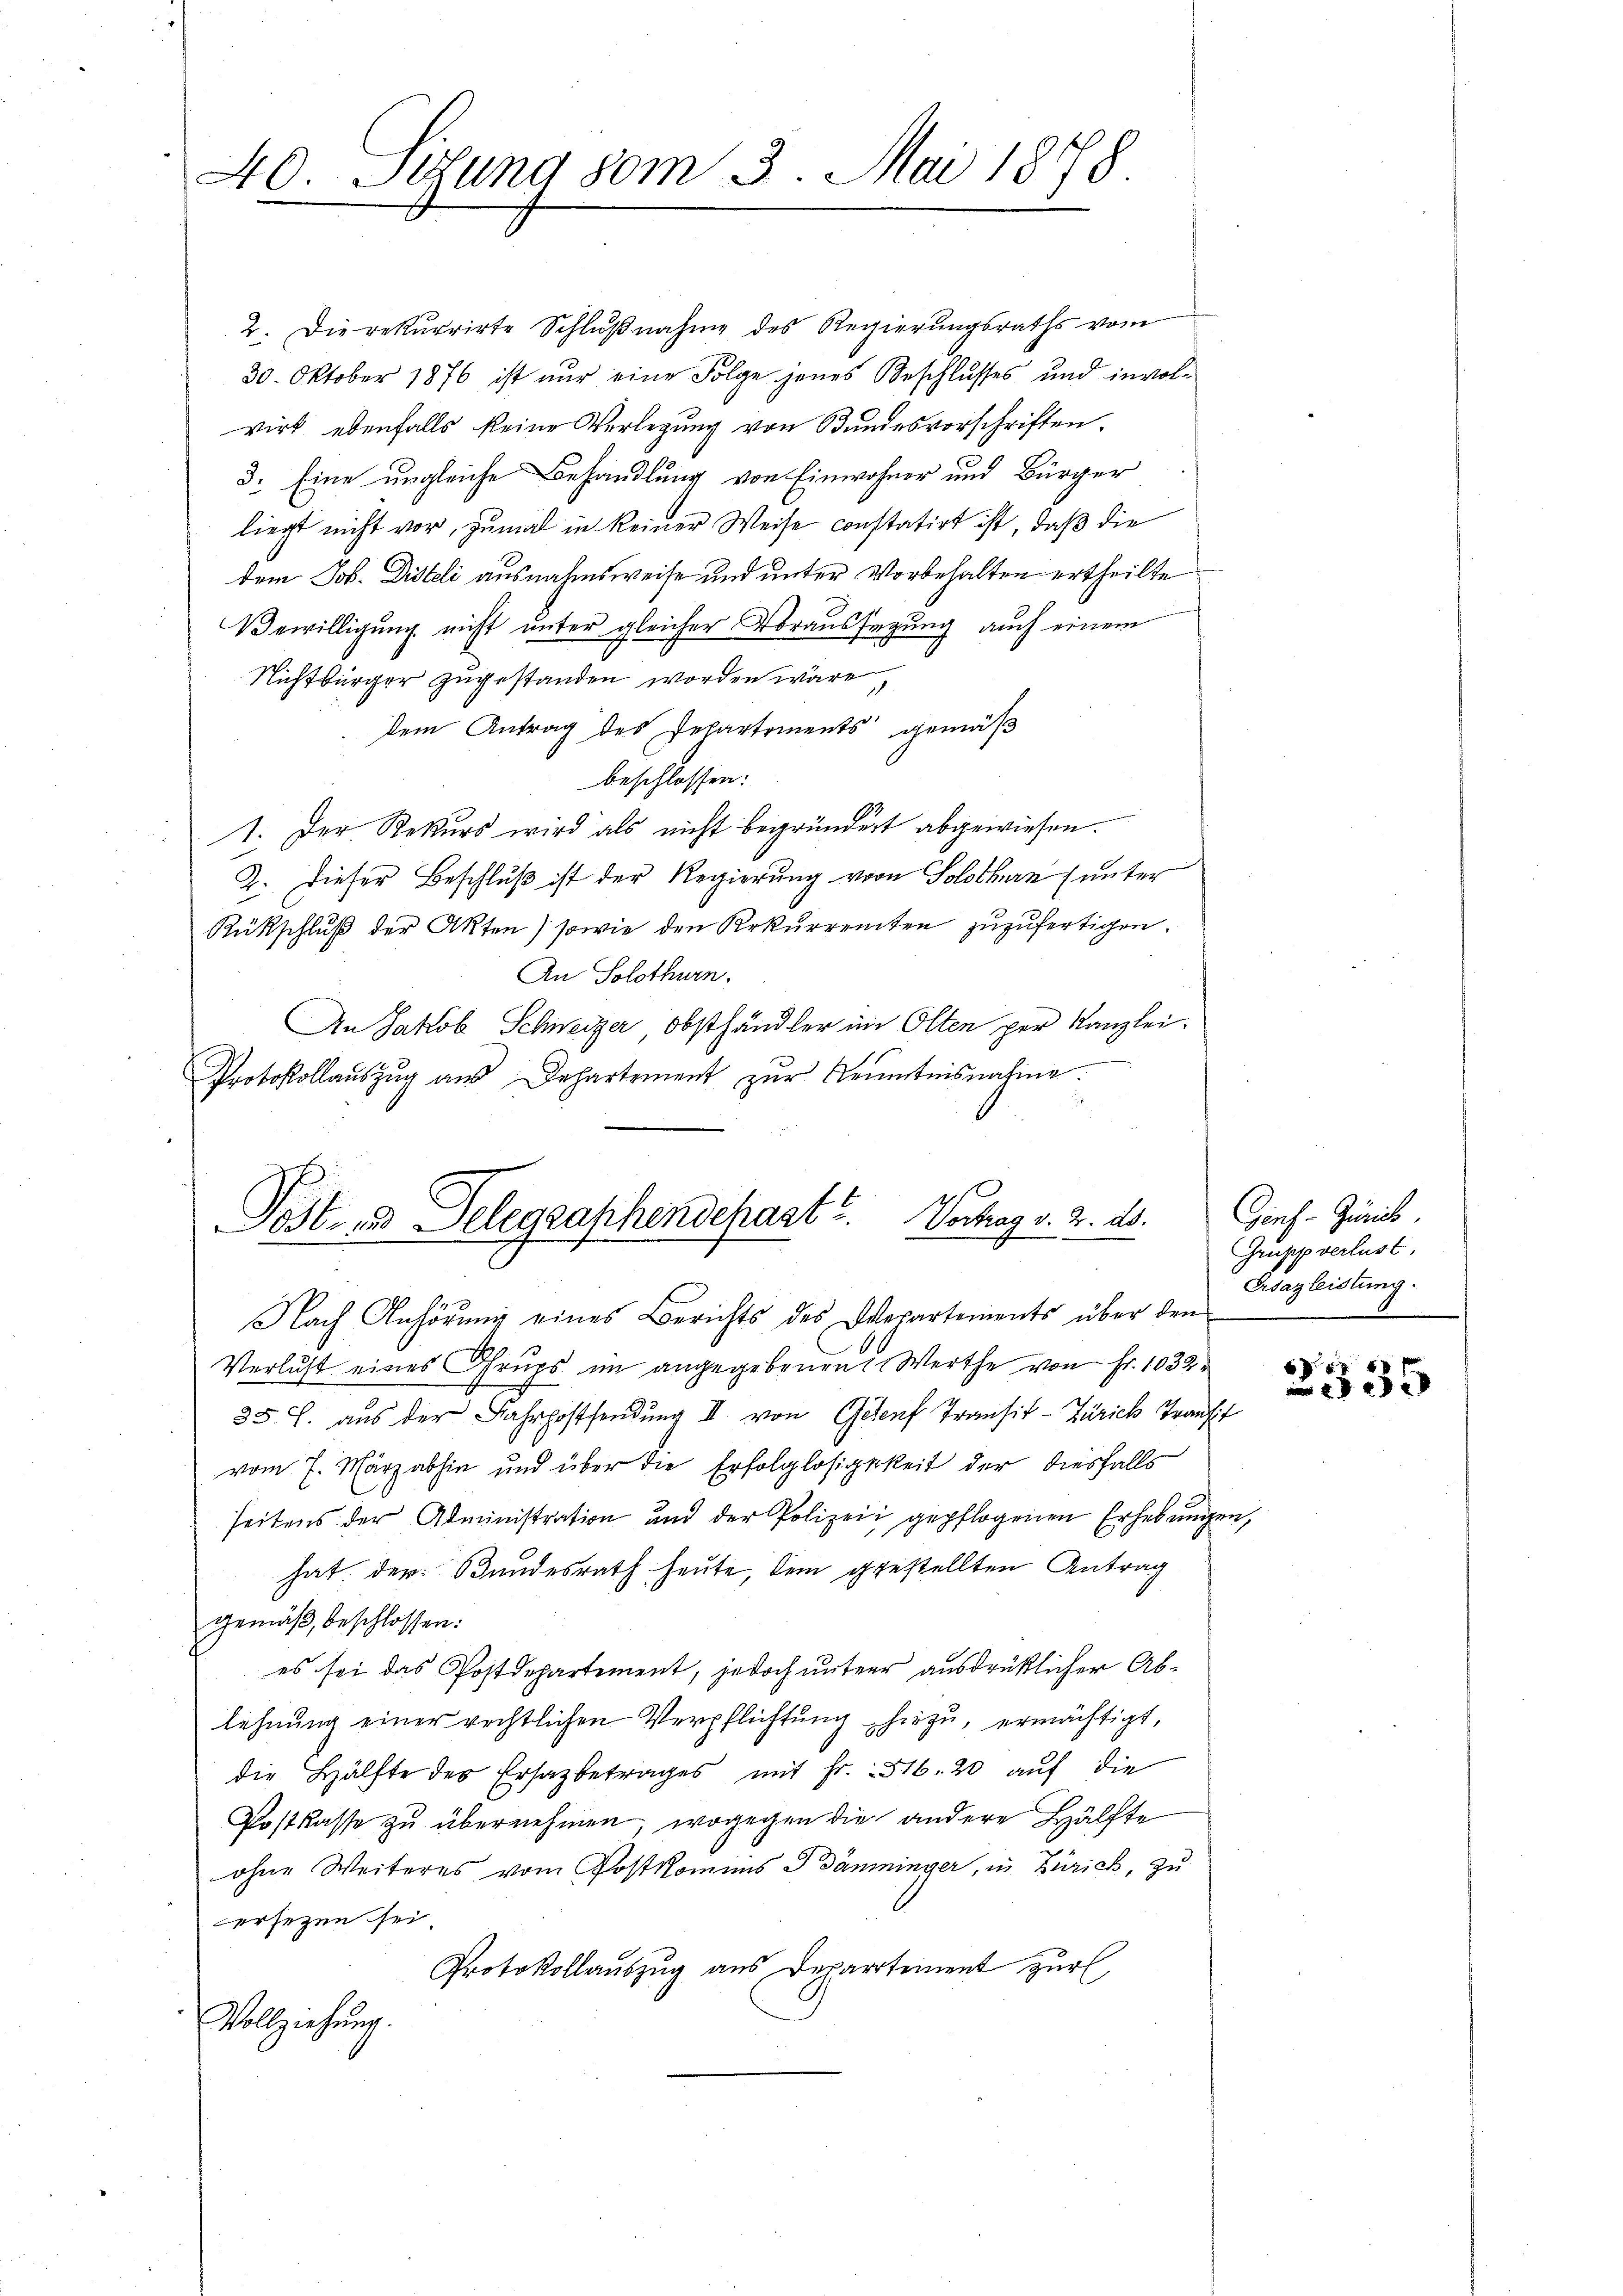
40. Sedung vom 3. Mai 1878.

2. Die rekurrirte Schlŭβnahme des Regierungsraths vom
30. Oktober 1876 ist nur eine Folge jenes Beschlusses und involvirt ebenfalls keine Verlegung von Bundesvorschriften.
3. Eine ungleiche Behandlung von Einwohner und Bürger
liegt nicht vor, zumal in keiner Weise constatirt ist, daß die
dem Job. Disteli ausnahmsweise und unter Vorbehalten ertheilte
Bewilligung nicht unter gleicher Voraussezung auch einem
Nichtbürger zugestanden worden wäre,
dem Antrag des Departements gemäß
beschlossen:
1. Der Rekurs wird als nicht begründert abgewiesen.
2. Dieser Beschluß ist der Regierung von Solothurn (unter
Rückschluß der Akten) sowie den Rekurrenten zuzufertigen.
An Solothurn.
An Jakob Schweizer, Obsthändler im Olten per Kanzlei.
.
Protokollaŭszŭg aŭs Departement zŭr Kenntnisnahme

Post.  Telegraphendepast. Vortrag v. 3. ds.

Nach Anhörung eines Berichts des Departements über den
Verlust eines Grups im angegebenen Werthe von Fr. 1034
35. L. aus der Fahrpostsendung II von Gehen Transit - Zürich Trafi
vom 7. März abhin und über die Erfolglosigkeit der diesfalls
seitens der Administration und der Polizei gepflogenen Erhebungen,
hat der Bundesrath heute, dem gestellten Antrag
gemäß, beschlossen:
es sei das Postdepartement, jedoch unter ausdrüklicher Ablehnung einer rechtlichen Verpflichtung hiezu, ermächtigt,
die Hälfte des Ersatzbetrages mit Fr. 516. 20 auf die
Postkasse zŭ übernehmen, wogegen die andere Hälfte
ohne Weiteres vom Postkommis dämminger, in Zürich, zu
ersezen sei
Protokollauszug aus Departement zur
Vollziehung.

Gens-Zürich
Grupp verlust,
Grsazleistung.

x
335